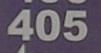
405